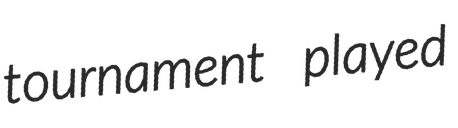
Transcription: tournament played